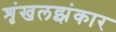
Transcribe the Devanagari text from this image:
शृंखलझंकार